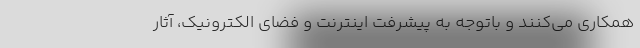
همکاری می‌کنند و باتوجه به پیشرفت اینترنت و فضای الکترونیک، آثار